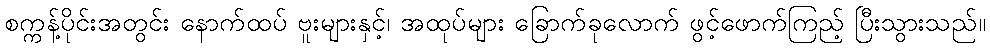
စက္ကန့်ပိုင်းအတွင်း နောက်ထပ် ဗူးများနှင့်၊ အထုပ်များ ခြောက်ခုလောက် ဖွင့်ဖောက်ကြည့် ပြီးသွားသည်။